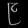
Digit: ၉